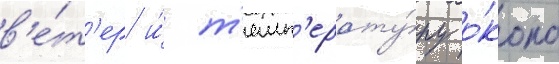
в'е́т'ер и́ т'емп'ерату́ру о́коло